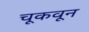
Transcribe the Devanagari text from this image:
चूकवून